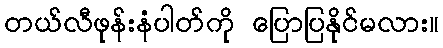
တယ်လီဖုန်းနံပါတ်ကို ပြောပြနိုင်မလား။